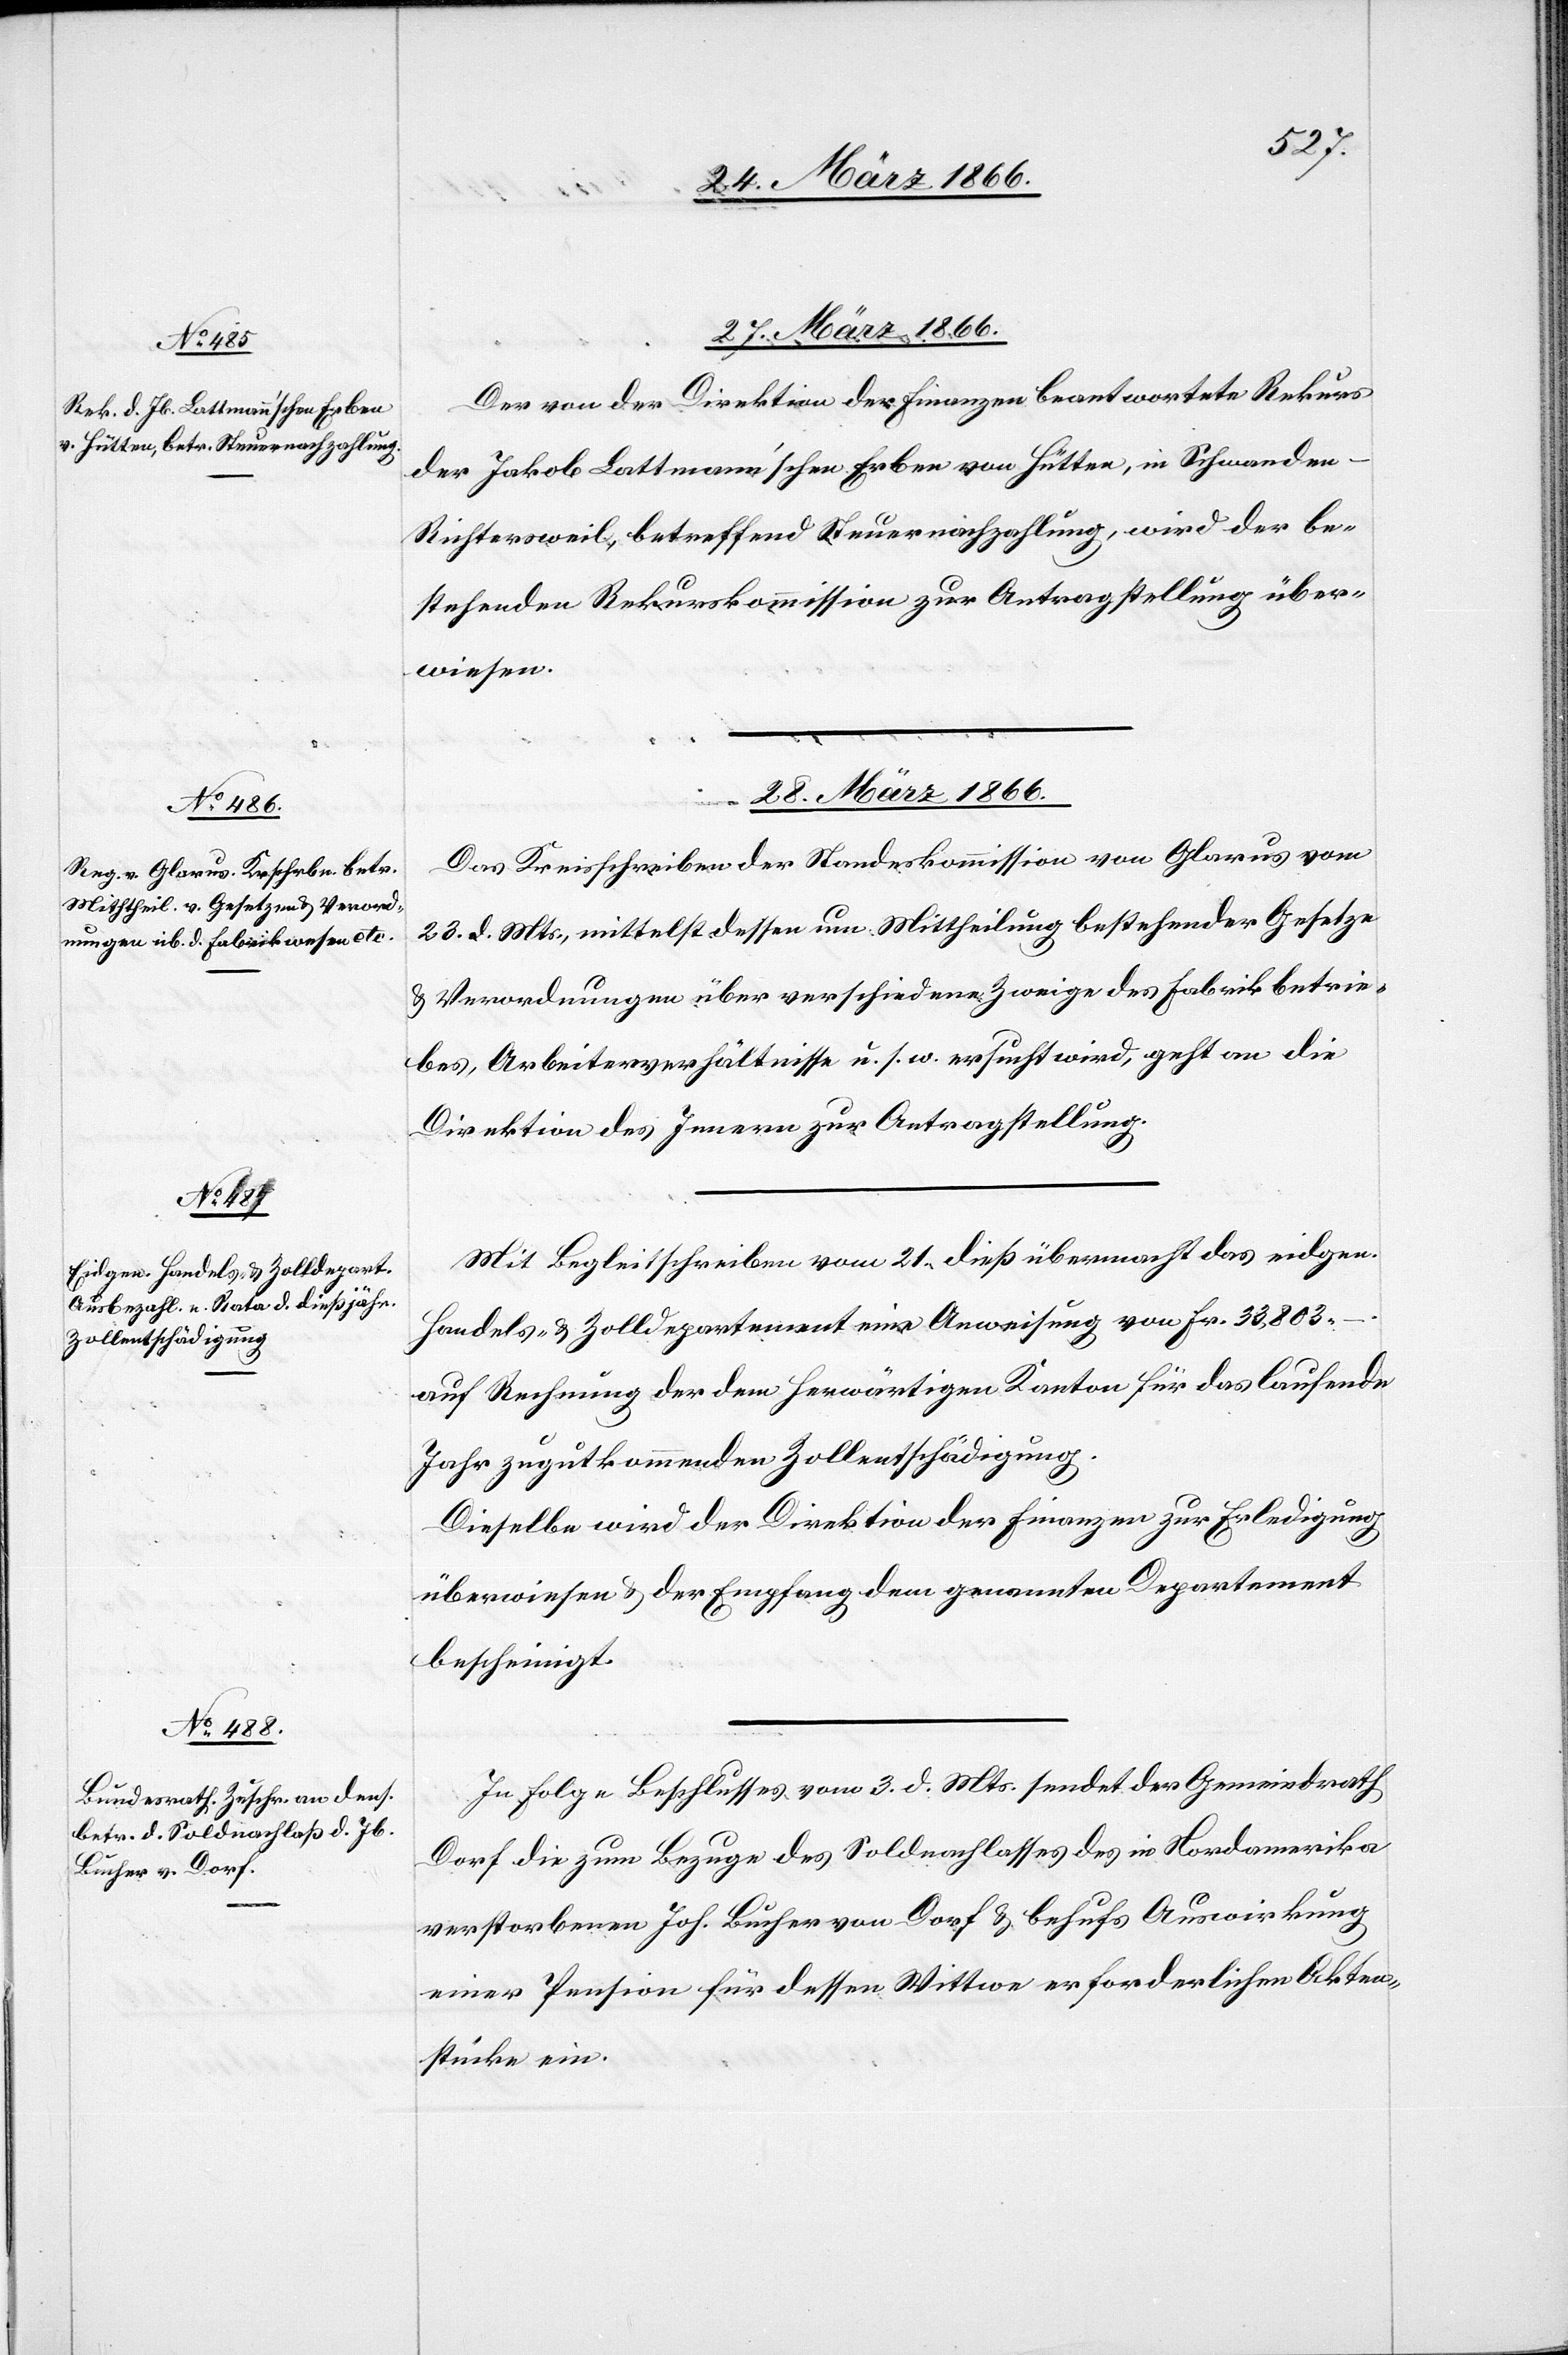
28. März 1866.]
Der von der Direktion der Finanzen beantwortete Rekurs
der Jakob Lattmann’schen Erben von Hütten, in Schwande¬
n–Richtersweil, betreffend Steuernachzahlung, wird der be¬
stehenden Rekurskommission zur Antragstellung über¬
wiesen.
28. März 1866.
Das Kreisschreiben der Standeskommission von Glarus vom
23. d. Mts., mittelst dessen um Mittheilung bestehender Gesetze
u. Verordnungen über verschiedene Zweige des Fabrikbetrie¬
bes, Arbeitsverhältnisse u. s. w. ersucht wird, geht an die
Direktion des Innern zur Antragstellung.
Mit Begleitschreiben vom 21. dieß übermacht das eidgen.
Handels- u. Zolldepartement eine Anweisung von Fr. 33 803,–.
auf Rechnung der dem herwärtigen Kanton für das laufende
Jahr zugut kommenden Zollentschädigung.
Dieselbe wird der Direktion der Finanzen zur Erledigung
überwiesen u. der Empfang dem genannten Departement
bescheinigt.
In Folge Beschlusses vom 3. d. Mts. sendet der Gemeindrath
Dorf die zum Bezuge des Soldnachlasses des in Nordamerika
verstorbenen Joh. [sic!] Bucher von Dorf u. behufs Auswirkung
einer Pension für dessen Wittwe erforderlichen Akten¬
stücke ein.